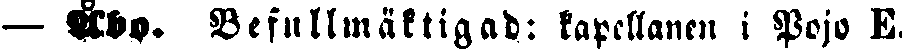
— Åbo. Befullmäktigad: kapellanen i Pojo E.